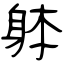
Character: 躰